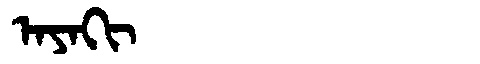
Manchu: ᠠᠶᠠᡴᡳ
Romanization: AYAKI